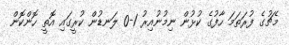
މެޗުގެ ފުރަތަމަ ހާފުގެ ކުޅުން ނިމުނުއިރު 1-0 ލަނޑުން ކުރީގައި އޮތީ ހޮންކޮން